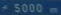
<5000m